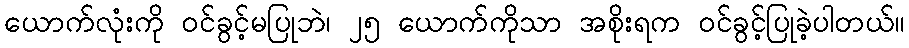
ယောက်လုံးကို ဝင်ခွင့်မပြုဘဲ၊ ၂၅ ယောက်ကိုသာ အစိုးရက ဝင်ခွင့်ပြုခဲ့ပါတယ်။